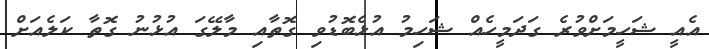
އެއީ ޝަހީމަށްވުރެ ގަދަމީހެއް ޝަހިމު އުޅެބޮޑުވި ގޮތާއި މާލޭގަ އުޅުނު ގޮތާ ކަލެއަށް